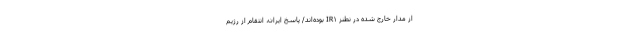
از مدار خارج شده در نطنز IR۱ بوده‌اند/ پاسخ ایران، انتقام از رژیم